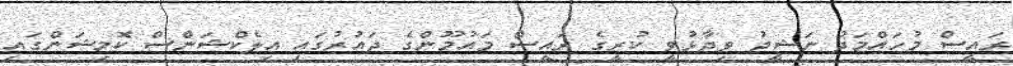
ރައީސް މުހައްމަދު ނަޝީދު ވިދާޅުވީ ކުރީގެ ރައީސް މައުމޫންގެ ދައުރުގައި އިލެކްޝަންސް ކޮމިޝަންގައި